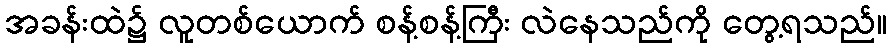
အခန်းထဲ၌ လူတစ်ယောက် စန့်စန့်ကြီး လဲနေသည်ကို တွေ့ရသည်။